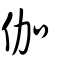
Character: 伽